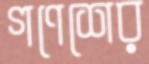
গণেশের